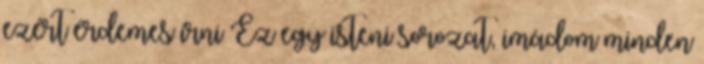
ezért érdemes írni Ez egy isteni sorozat, imádom minden